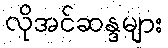
လိုအင်ဆန္ဒများ